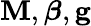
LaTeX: \mathbf{M},\boldsymbol{\beta},\mathbf{g}